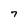
Character: 7